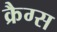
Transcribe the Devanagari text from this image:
क्रैग्स